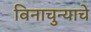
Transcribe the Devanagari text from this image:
विनाचुन्याचे